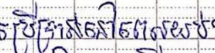
ប្រើប្រាស់នៅពេលយប់